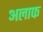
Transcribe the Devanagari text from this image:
अलाफ